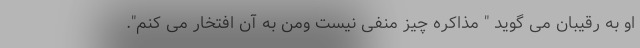
او به رقیبان می گوید " مذاکره چیز منفی نیست ومن به آن افتخار می کنم".